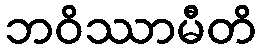
ဘဝိဿာမီတိ